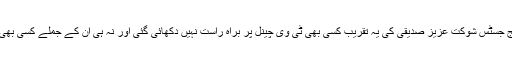
اسلام آباد ہائیکورٹ کے جج جسٹس شوکت عزیز صدیقی کی یہ تقریب کسی بھی ٹی وی چینل پر براہ راست نہیں دکھائی گئی اور نہ ہی ان کے جملے کسی بھی خبر میں شامل کیے گئے۔